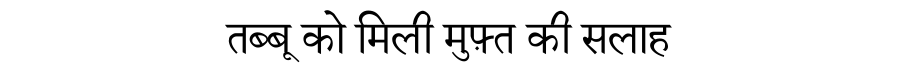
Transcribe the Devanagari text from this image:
तब्बू को मिली मुफ़्त की सलाह